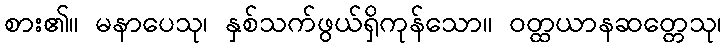
စား၏။ မနာပေသု၊ နှစ်သက်ဖွယ်ရှိကုန်သော။ ဝတ္ထယာနဆတ္တေသု၊